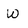
Character: W